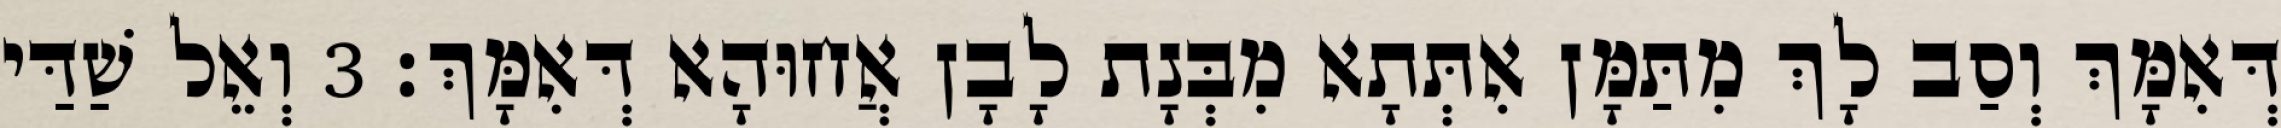
דְּאִמָּךְ וְסַב לָךְ מִתַּמָּן אִתְּתָא מִבְּנָת לָבָן אֲחוּהָא דְּאִמָּךְ׃ 3 וְאֵל שַׁדַּי